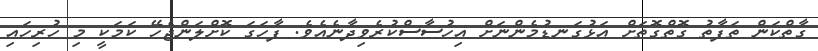
ގާތްކަން ތަފާތު ގޮތްގޮތަށް އަޅުގަނޑުމެންނަށް އިހުސާސްކުރެވިދާނެއެވެ. ފާހަގަ ކޮށްލަންޖެހޭ ކަމަކީ މި ހުރިހައި